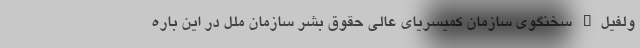
ولفیل" سخنگوی سازمان کمیسریای عالی حقوق بشر سازمان ملل در این باره